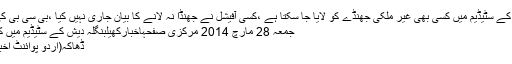
بنگلہ دیش کے سٹیڈیم میں کسی بھی غیر ملکی جھنڈے کو لایا جا سکتا ہے ،کسی آفیشل نے جھنڈا نہ لانے کا بیان جاری نہیں کیا ،بی سی بی کی وضاحت
جمعہ 28 مارچ 2014 مرکزی صفحہاخبارکھیلبنگلہ دیش کے سٹیڈیم میں کسی بھی ..
ڈھاکہ(اُردو پوائنٹ اخبار آن لائن۔